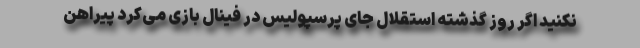
نکنید اگر روز گذشته استقلال جای پرسپولیس در فینال بازی می‌کرد پیراهن